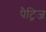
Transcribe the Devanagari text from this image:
पैट्रिज